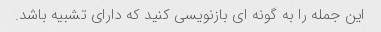
این جمله را به گونه ای بازنویسی کنید که دارای تشبیه باشد.